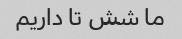
ما شش تا داریم